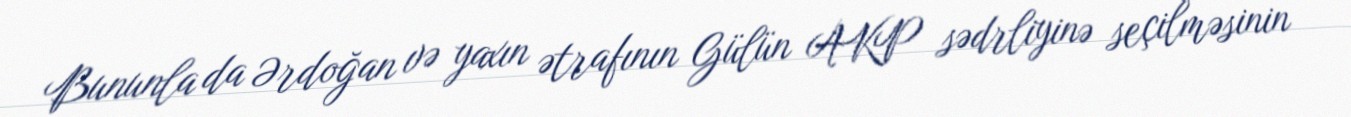
Bununla da Ərdoğan və yaxın ətrafının Gülün AKP sədrliyinə seçilməsinin